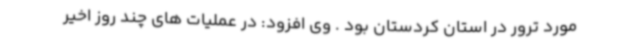
مورد ترور در استان کردستان بود . وی افزود: در عملیات های چند روز اخیر